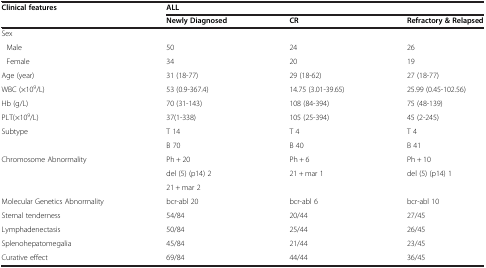
<table><thead><tr><td><b>Clinical features</b></td><td colspan="3"><b>ALL</b></td></tr><tr><td>[EMPTY_CELL]</td><td><b>Newly Diagnosed</b></td><td><b>CR</b></td><td><b>Refractory &amp; Relapsed</b></td></tr></thead><tbody><tr><td>Sex</td><td>[EMPTY_CELL]</td><td>[EMPTY_CELL]</td><td>[EMPTY_CELL]</td></tr><tr><td>Male</td><td>50</td><td>24</td><td>26</td></tr><tr><td>Female</td><td>34</td><td>20</td><td>19</td></tr><tr><td>Age (year)</td><td>31 (18-77)</td><td>29 (18-62)</td><td>27 (18-77)</td></tr><tr><td>WBC (×10<sup>9</sup>/L)</td><td>53 (0.9-367.4)</td><td>14.75 (3.01-39.65)</td><td>25.99 (0.45-102.56)</td></tr><tr><td>Hb (g/L)</td><td>70 (31-143)</td><td>108 (84-394)</td><td>75 (48-139)</td></tr><tr><td>PLT(×10<sup>9</sup>/L)</td><td>37(1-338)</td><td>105 (25-394)</td><td>45 (2-245)</td></tr><tr><td rowspan="2">Subtype</td><td>T 14</td><td>T 4</td><td>T 4</td></tr><tr><td>B 70</td><td>B 40</td><td>B 41</td></tr><tr><td rowspan="3">Chromosome Abnormality</td><td>Ph + 20</td><td>Ph + 6</td><td>Ph + 10</td></tr><tr><td>del (5) (p14) 2</td><td>21 + mar 1</td><td>del (5) (p14) 1</td></tr><tr><td>21 + mar 2</td><td>[EMPTY_CELL]</td><td>[EMPTY_CELL]</td></tr><tr><td>Molecular Genetics Abnormality</td><td>bcr-abl 20</td><td>bcr-abl 6</td><td>bcr-abl 10</td></tr><tr><td>Sternal tenderness</td><td>54/84</td><td>20/44</td><td>27/45</td></tr><tr><td>Lymphadenectasis</td><td>50/84</td><td>25/44</td><td>26/45</td></tr><tr><td>Splenohepatomegalia</td><td>45/84</td><td>21/44</td><td>23/45</td></tr><tr><td>Curative effect</td><td>69/84</td><td>44/44</td><td>36/45</td></tr></tbody></table>